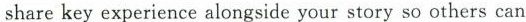
sharekey experience alongside your story so others can